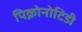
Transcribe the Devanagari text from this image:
पिक्नोनोटिडी